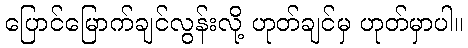
ပြောင်မြောက်ချင်လွန်းလို့ ဟုတ်ချင်မှ ဟုတ်မှာပါ။